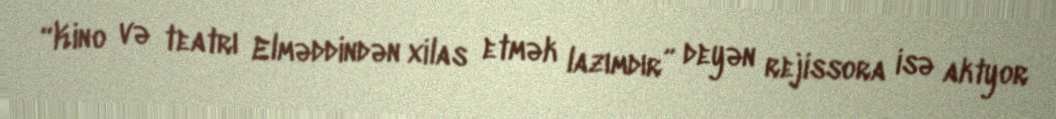
“Kino və teatrı Elməddindən xilas etmək lazımdır” deyən rejissora isə aktyor